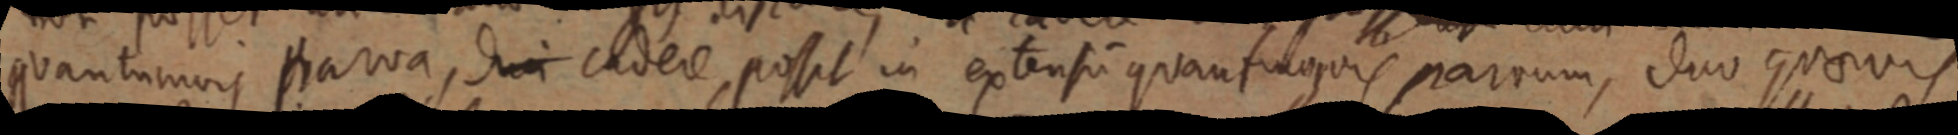
quantumvis parva, dei cadere possit in extensi quanfilquis parvum, duo quaevis